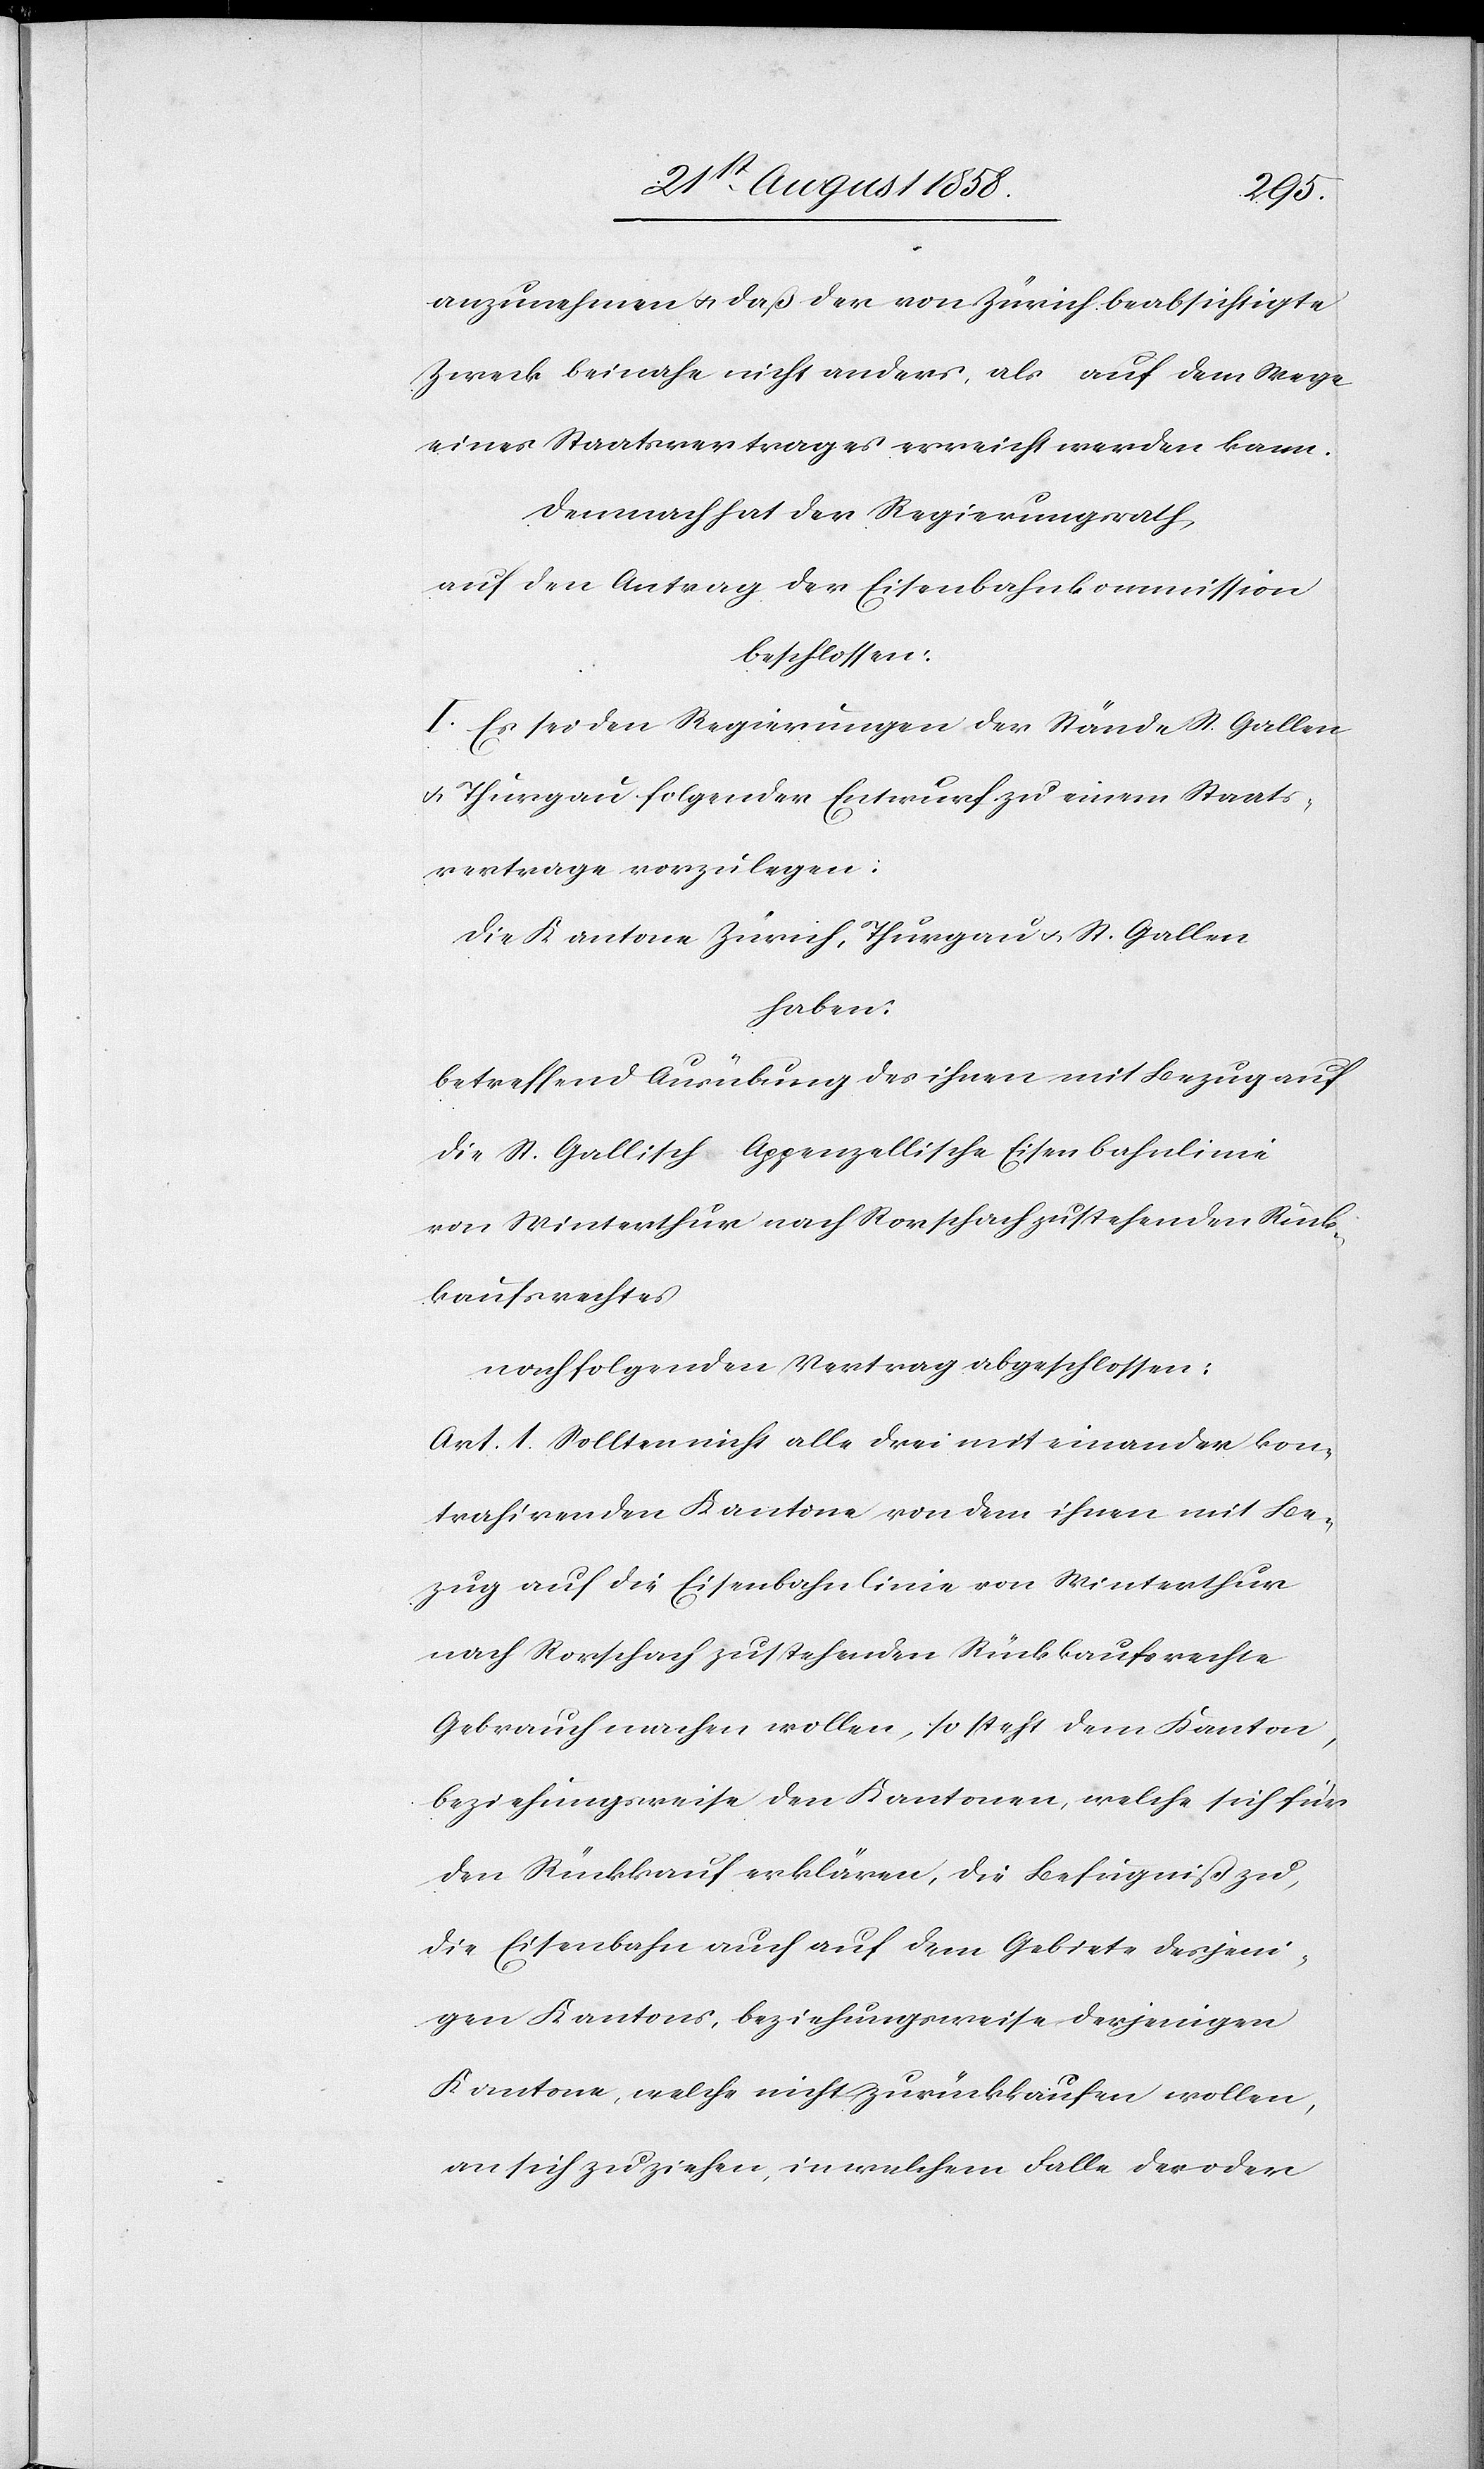
anzunehmen & daß der von Zürich beabsichtigte
Zweck beinahe nicht anders, als auf dem Wege
eines Staatsvertrages erreicht werden kann.
Demnach hat der Regierungsrath,
auf den Antrag der Eisenbahnkommission
beschlossen:
I. Es sei den Regierungen der Stände St. Gallen
& Thurgau folgender Entwurf zu einem Staats¬
vertrage vorzulegen:
Die Kantone Zürich, Thurgau & St. Gallen
haben:
betreffend Ausübung des ihnen mit Bezug auf
die St. Gallisch-Appenzellische Eisenbahnlinie
von Winterthur nach Rorschach zustehenden Rück¬
kaufsrechtes
nachfolgenden Vertrag abgeschlossen:
Art. 1. Sollten nicht alle drei miteinander kon¬
trahirenden Kantone von dem ihnen mit Be¬
zug auf die Eisenbahnlinie von Winterthur
nach Rorschach zustehenden Rückkaufsrechte
Gebrauch machen wollen, so steht dem Kanton,
beziehungsweise den Kantonen, welche sich für
den Rückkauf erklären, die Befugniß zu,
die Eisenbahn auch auf dem Gebiete desjeni¬
gen Kantons, beziehungsweise derjenigen
Kantone, welche nicht zurückkaufen wollen,
an sich zu ziehen, in welchem Falle der oder